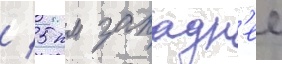
/ 5 км западн'ее